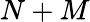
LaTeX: N+M